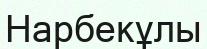
Нарбекұлы